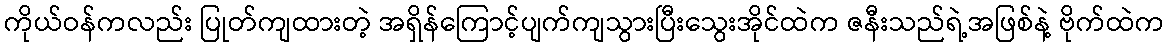
ကိုယ်ဝန်ကလည်း ပြုတ်ကျထားတဲ့ အရှိန်ကြောင့်ပျက်ကျသွားပြီးသွေးအိုင်ထဲက ဇနီးသည်ရဲ့အဖြစ်နဲ့ ဗိုက်ထဲက